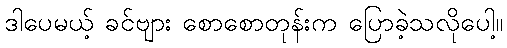
ဒါပေမယ့် ခင်ဗျား စောစောတုန်းက ပြောခဲ့သလိုပေါ့။